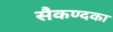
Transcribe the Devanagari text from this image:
सैकण्दका